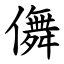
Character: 儛